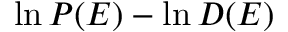
\ln P ( E ) - \ln D ( E )